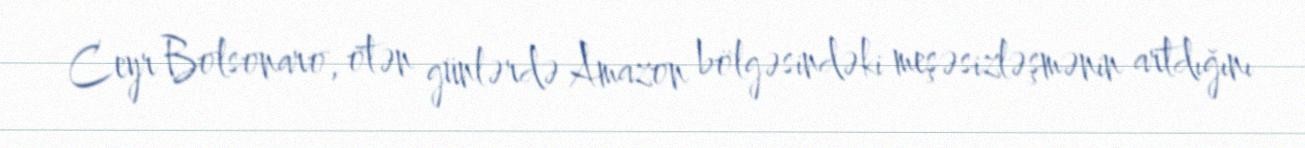
Ceyr Bolsonaro, ötən günlərdə Amazon bölgəsindəki meşəsizləşmənin artdığını